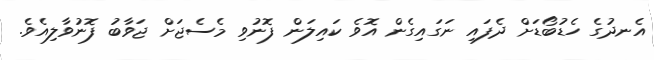
އެނދުގެ ހެޑުބޯޑަށް ދެފައި ނަގައިގެން އޮވެ ކައިލަން ފޮނުވި މެސެޖަށް ޖަވާބު ފޮނުވާލިއެވެ.